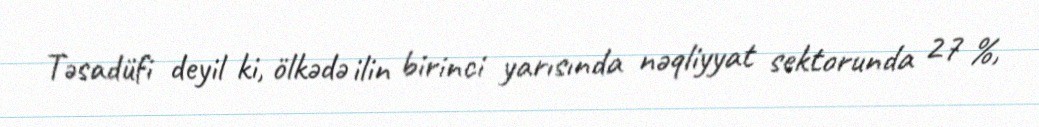
Təsadüfi deyil ki, ölkədə ilin birinci yarısında nəqliyyat sektorunda 27 %,